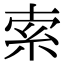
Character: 索